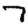
Digit: 7